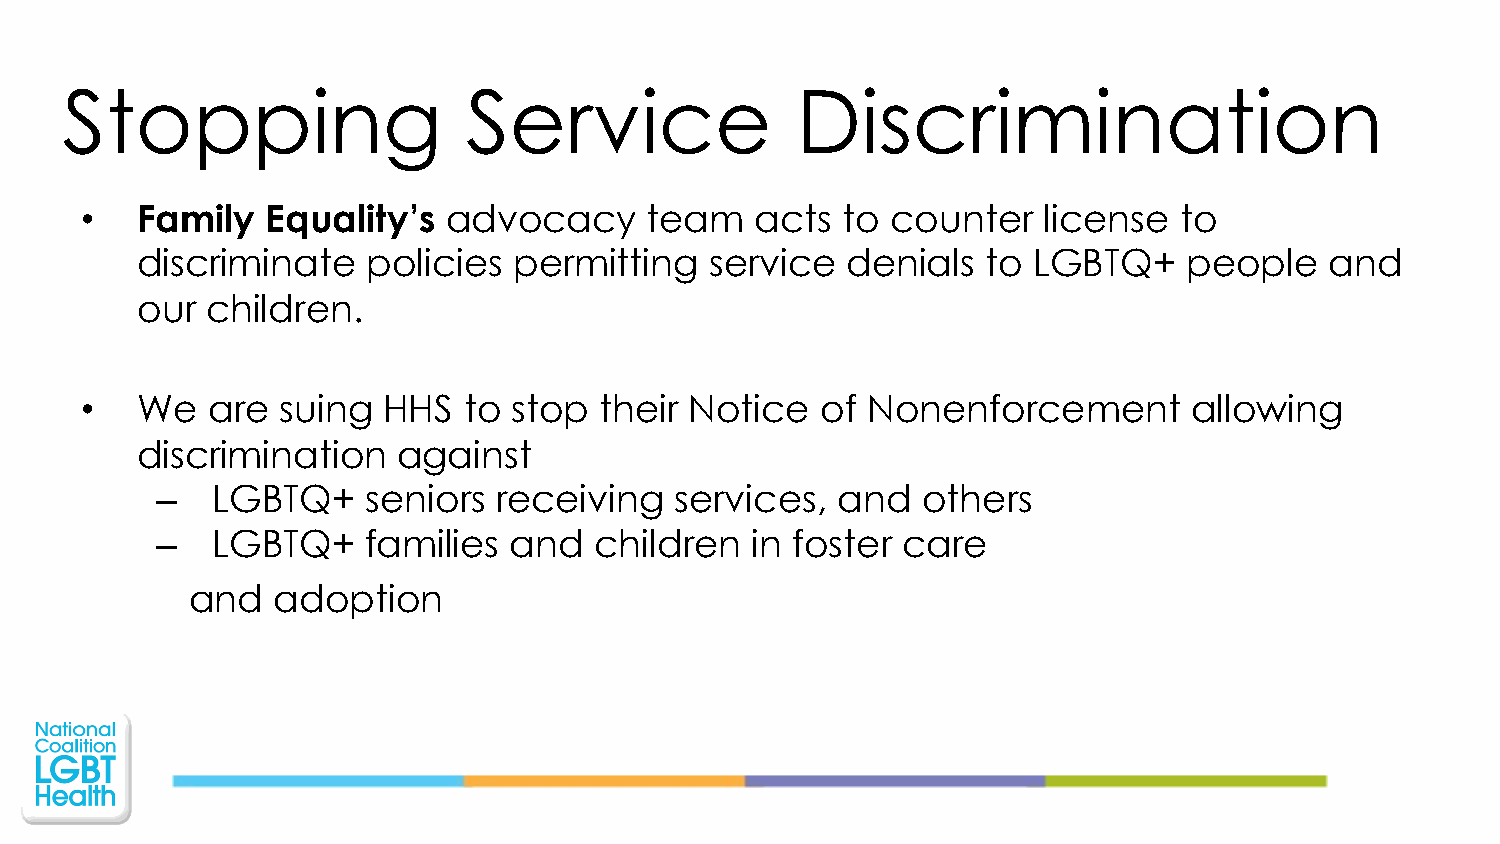
Stopping                   Service               Discrimination
 •   Family   Equality’s  advocacy     team   acts  to counter   license  to
 discriminate   policies  permitting   service  denials  to LGBTQ+     people   and
 our  children.
 •   We   are  suing HHS   to stop  their Notice  of Nonenforcement        allowing
 discrimination   against
 –   LGBTQ+    seniors  receiving   services, and   others
 –   LGBTQ+    families  and  children   in foster care
 and  adoption